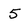
Character: 5